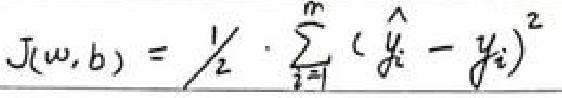
\(J(w,b)=\frac{1}{2}\cdot \sum_{i = 1}^{m}(y_{i}-y_{i})^{2}\)